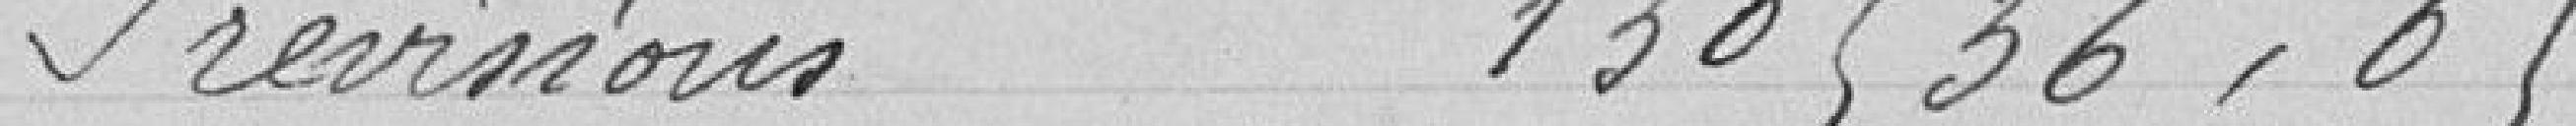
Prévisions 130536,65